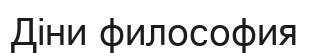
Діни философия